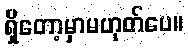
ရှိတော့မှာမဟုတ်ပေ။